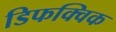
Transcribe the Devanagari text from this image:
डिफक्विक